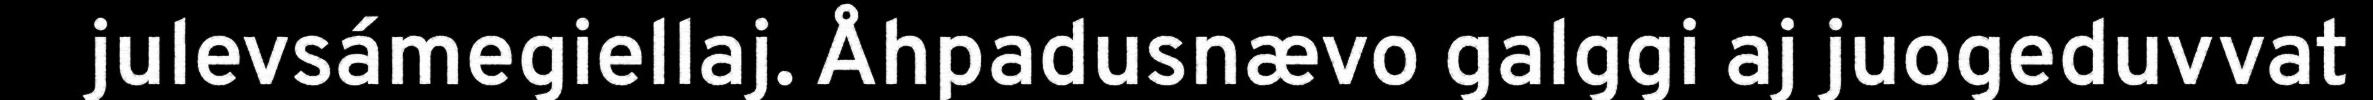
julevsámegiellaj. Åhpadusnævo galggi aj juogeduvvat